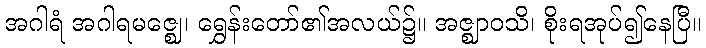
အဂါရံ အဂါရမဇ္ဈေ၊ ရွှေန်းတော်၏အလယ်၌။ အဇ္ဈာဝသိ၊ စိုးရအုပ်၍နေပြီ။